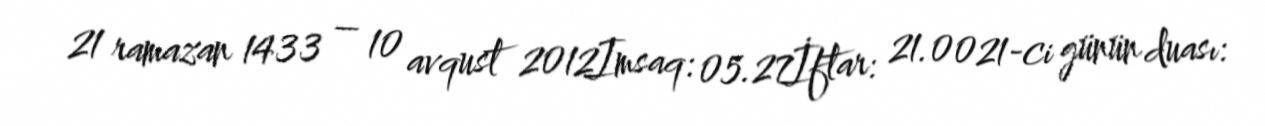
21 ramazan 1433 – 10 avqust 2012Imsaq: 05.27İftar: 21.0021-ci günün duası: